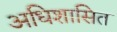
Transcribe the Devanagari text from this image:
अधिशासित